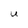
Character: U